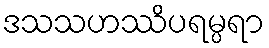
ဒသသဟဿိပရမ္ပရာ